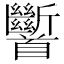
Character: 𩠹